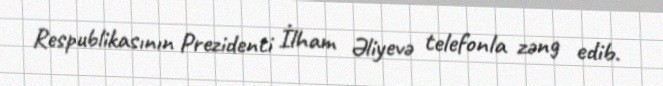
Respublikasının Prezidenti İlham Əliyevə telefonla zəng edib.